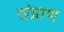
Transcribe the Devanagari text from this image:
संप्राण